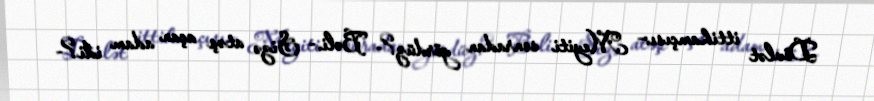
Dövlət ittihamçısı:- Meyiti sonradan gördüz?- Bəli.- Sizə atəş açan adam idi?-